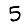
Digit: 5